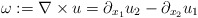
\begin{align*} \omega:=\nabla\times u= \partial_{x_1} u_{2} - \partial_{x_2} u_{1} \end{align*}